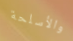
والأسلحة